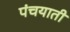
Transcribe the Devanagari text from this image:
पंचयाती